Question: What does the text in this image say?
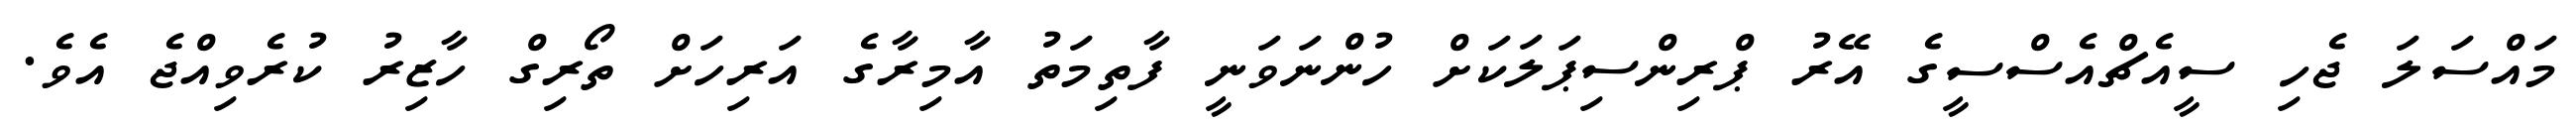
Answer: މައްސަލަ ޖެހި ސީއެޗްއެސްސީގެ އޭރު ޕްރިންސިޕަލަކަށް ހުންނަވަނީ ފާތިމަތު އާމިރާގެ އަރިހަށް ތޯރިގް ހާޒިރު ކުރެވިއްޖެ އެވެ.